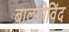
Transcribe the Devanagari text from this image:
बालगोविंद